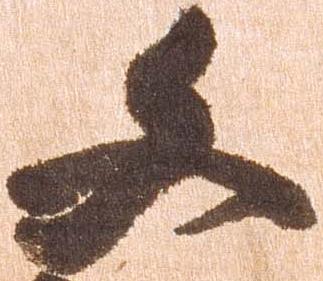
文